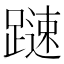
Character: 𨄞